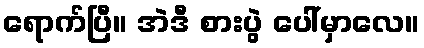
ရောက်ပြီ။ အဲဒီ စားပွဲ ပေါ်မှာလေ။